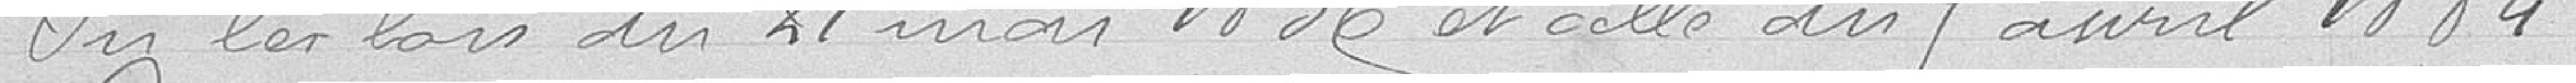
Vu les lois du 21 mai 1831 et celle du 5 avril 1884.